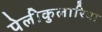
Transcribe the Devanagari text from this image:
पेलीकुलारिया